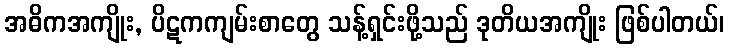
အဓိကအကျိုး, ပိဋကကျမ်းစာတွေ သန့်ရှင်းဖို့သည် ဒုတိယအကျိုး ဖြစ်ပါတယ်၊